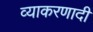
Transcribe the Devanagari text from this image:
व्याकरणादी